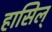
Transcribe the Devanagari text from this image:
हासिल्